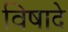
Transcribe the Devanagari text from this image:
विषादे